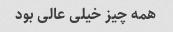
همه چیز خیلی عالی بود